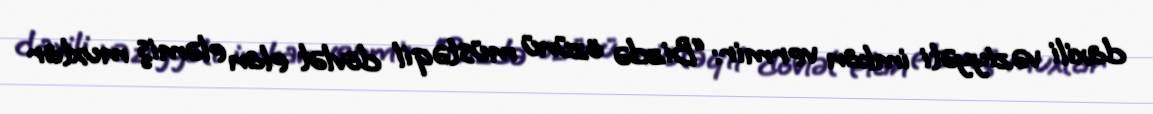
daxili vəziyyəti imkan vermir: “Bizdə özünü müstəqil dövlət elan eləmiş muxtar